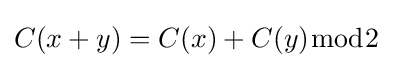
C(x+y)=C(x)+C(y){\bmod {2}}